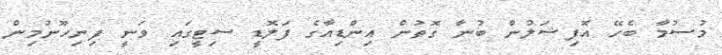
މުސުމާ ބެހޭ އޮފިޝަލުން ބުނާ ގޮތުން އިންޑިއާގެ ފަލޮޑީ ސިޓީގައި ވަނީ ފިނިހޫނުމިން